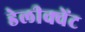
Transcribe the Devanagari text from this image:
डेलीक्वेंट